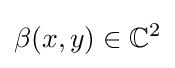
\beta (x,y)\in \mathbb {C} ^{2}